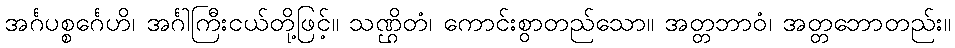
အင်္ဂပစ္စင်္ဂေဟိ၊ အင်္ဂါကြီးငယ်တို့ဖြင့်။ သဏ္ဌိတံ၊ ကောင်းစွာတည်သော။ အတ္တဘာဝံ၊ အတ္တဘောတည်း။